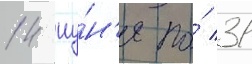
14 иу́н'я по́ 31